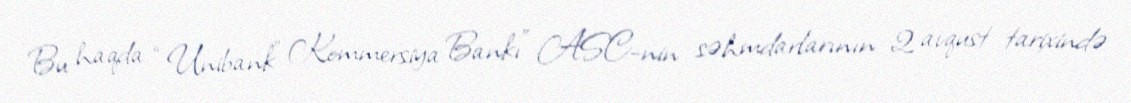
Bu haqda “Unibank” Kommersiya Bankı” ASC-nin səhmdarlarının 2 avqust tarixində